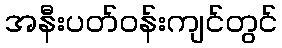
အနီးပတ်ဝန်းကျင်တွင်